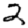
Digit: 2